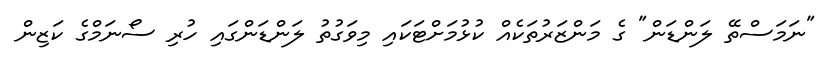
"ނަމަސްތޭ ލަންޑަން" ގެ މަންޒަރުތަކެއް ކުޅުމަށްޓަކައި މިވަގުތު ލަންޑަންގައި ހުރި ސޯނަމްގެ ކަޒިން